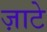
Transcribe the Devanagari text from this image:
ज़ाटे